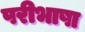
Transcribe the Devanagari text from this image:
परीभाषा